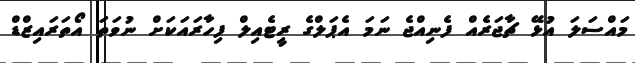
މައްސަލަ އުޅޭ ޗާޖަރެއް ފެނިއްޖެ ނަމަ އެޕަލްގެ ރީޓެއިލް ފިހާރައަކަށް ނުވަތަ އޯތަރައިޒްޑް